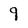
Character: 9